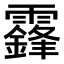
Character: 𩆨